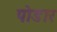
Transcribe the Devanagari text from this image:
पोडार